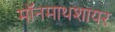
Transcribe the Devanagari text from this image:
मॉनमाथशायर